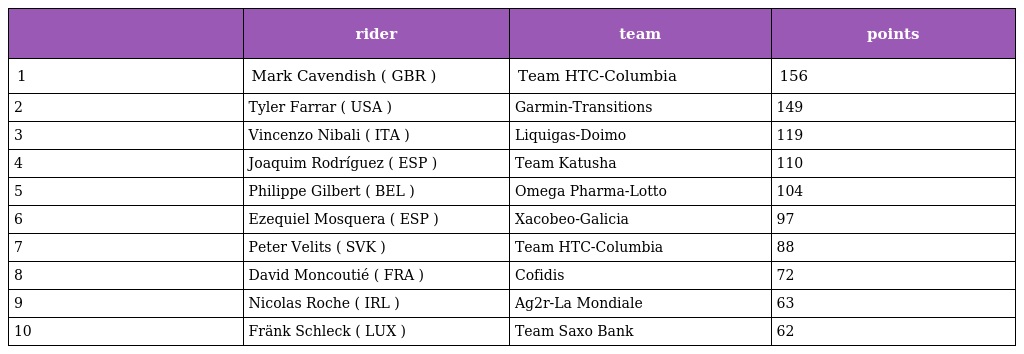
|  | rider | team | points |
 | --- | --- | --- | --- |
 | 1 | Mark Cavendish ( GBR ) | Team HTC-Columbia | 156 |
 | 2 | Tyler Farrar ( USA ) | Garmin-Transitions | 149 |
 | 3 | Vincenzo Nibali ( ITA ) | Liquigas-Doimo | 119 |
 | 4 | Joaquim Rodríguez ( ESP ) | Team Katusha | 110 |
 | 5 | Philippe Gilbert ( BEL ) | Omega Pharma-Lotto | 104 |
 | 6 | Ezequiel Mosquera ( ESP ) | Xacobeo-Galicia | 97 |
 | 7 | Peter Velits ( SVK ) | Team HTC-Columbia | 88 |
 | 8 | David Moncoutié ( FRA ) | Cofidis | 72 |
 | 9 | Nicolas Roche ( IRL ) | Ag2r-La Mondiale | 63 |
 | 10 | Fränk Schleck ( LUX ) | Team Saxo Bank | 62 |